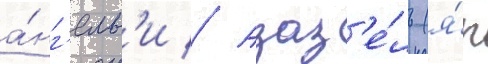
а́нг'елам'и // Азаз'е́ль (я́п